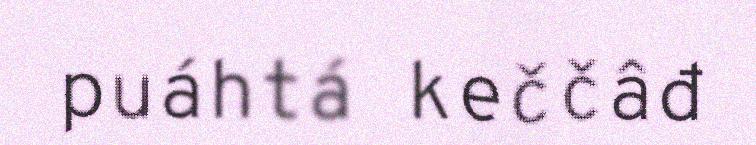
puáhtá keččâđ